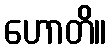
ဟောတိ။